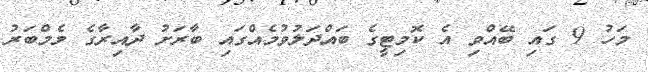
މަހު 9 ގައި ބޭއްވި އެ ކޮމިޓީގެ ބައްދަލުވުމެއްގައި ބާރަށު ދާއިރާގެ މެމްބަރު